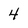
Character: 4